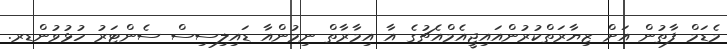
މެޑަމް ފާތުން އަށް ޒިޔާރަތްކުރުންއައިޖީއެމްއެޗުގެ އާ އިމާރާތް ނިމުންއާ ޑައިލިސިސް ސެންޓަރު ހުޅުވުންޑރ.